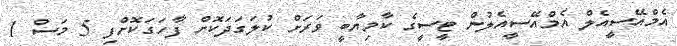
އެމްއޭސީއެލް އެމްއޭސީއެލުން ޓީސީގެ ކާމިޔާބީ ވަރަށް ކުލަގަދަކޮށް ފާހަަގަކޮށްފި 5 މަސް 1